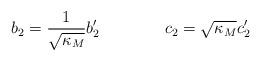
LaTeX: \begin{align*}b_2 = \frac{1}{\sqrt{\kappa_M}} b'_2 \qquad\qquad c_2=\sqrt{\kappa_M}c'_2\end{align*}